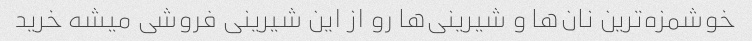
خوشمزه‌ترین نان‌ها و شیرینی‌ها رو از این شیرینی فروشی میشه خرید